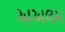
અઅલમ